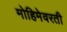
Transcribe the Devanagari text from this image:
मोहिमेवरती